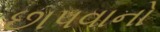
છાપવાનો